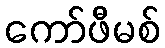
ကော်ဖီမစ်